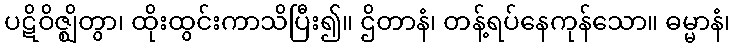
ပဋိဝိဇ္ဈိတွာ၊ ထိုးထွင်းကာသိပြီး၍။ ဌိတာနံ၊ တန့်ရပ်နေကုန်သော။ ဓမ္မာနံ၊